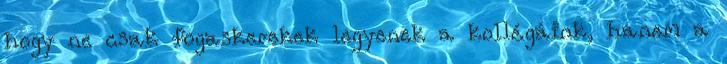
hogy ne csak fogaskerekek legyenek a kollégáink, hanem a